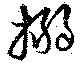
搦